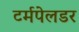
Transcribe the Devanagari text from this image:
टर्मपेलडर